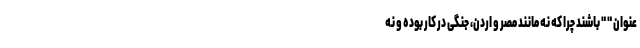
عنوان " " باشند چرا که نه مانند مصر و اردن، جنگی در کار بوده و نه